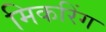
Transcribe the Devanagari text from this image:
मिकरिंग